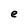
Character: e